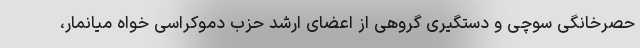
حصرخانگی سوچی و دستگیری گروهی از اعضای ارشد حزب دموکراسی خواه میانمار،